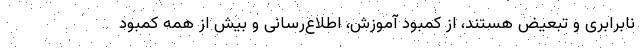
نابرابری و تبعیض هستند، از کمبود آموزش، اطلاع‌رسانی و بیش از همه کمبود